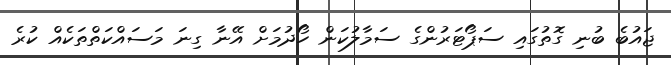
ޖައުބެ ބުނި ގޮތުގައި ސަޕޯޓަރުންގެ ސަމާލުކަން ހޯދުމަށް އޭނާ ގިނަ މަސައްކަތްތަކެއް ކުރެ